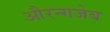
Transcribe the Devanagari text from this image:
औरन्गजेब